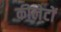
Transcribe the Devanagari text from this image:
कीलेटों